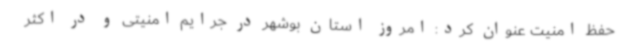
حفظ امنیت عنوان کرد: امروز استان بوشهر در جرایم امنیتی و در اکثر